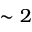
\sim 2